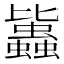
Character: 𧔻